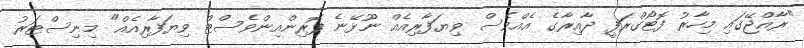
"ރާއްޖޭގައި މިހާރު ފޮޓޯގްރަފީ ދާއިރާގެ އެއްވެސް ވިޔަފާރިއެއް ނޫޅޭނެ ފޮރިންއިންވެސްޓް ވިޔަފާރިއެއް" މިނިސްޓަރު